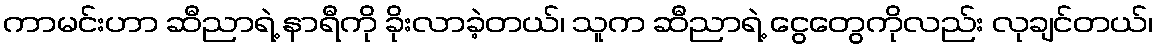
ကာမင်းဟာ ဆီညာရဲ့ နာရီကို ခိုးလာခဲ့တယ်၊ သူက ဆီညာရဲ့ ငွေတွေကိုလည်း လုချင်တယ်၊